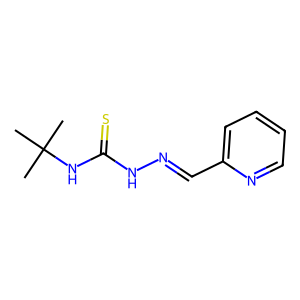
SMILES: CC(C)(C)NC(=S)NN=Cc1ccccn1
Inhibits HIV replication: No